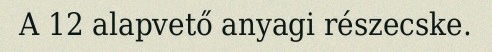
A 12 alapvető anyagi részecske.